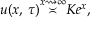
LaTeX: u ( x , \, \tau ) { \overset { x \rightsquigarrow \infty } { \asymp } } K e ^ { x } ,